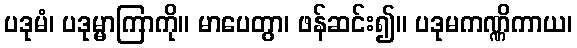
ပဒုမံ၊ ပဒုမ္မာကြာကို။ မာပေတွာ၊ ဖန်ဆင်း၍။ ပဒုမကဏ္ဏိကာယ၊